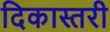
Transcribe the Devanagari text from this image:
दिकास्तरी